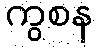
ကွစန